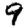
Digit: 9